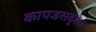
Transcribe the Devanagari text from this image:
कापडसदृश्य